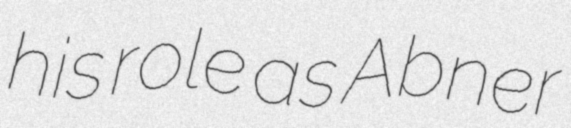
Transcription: his role as Abner